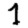
Digit: 7